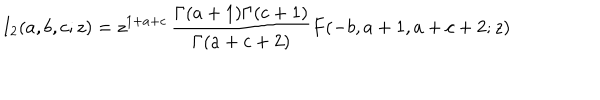
I _ { 2 } ( a , b , c ; z ) = z ^ { 1 + a + c } \, \frac { \Gamma ( a + 1 ) \Gamma ( c + 1 ) } { \Gamma ( a + c + 2 ) } F ( - b , a + 1 , a + c + 2 ; z )